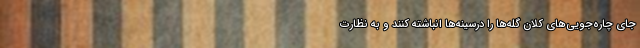
جای چاره‌جویی‌های کلان گِله‌ها را درسینه‌ها انباشته کنند و به نظارت